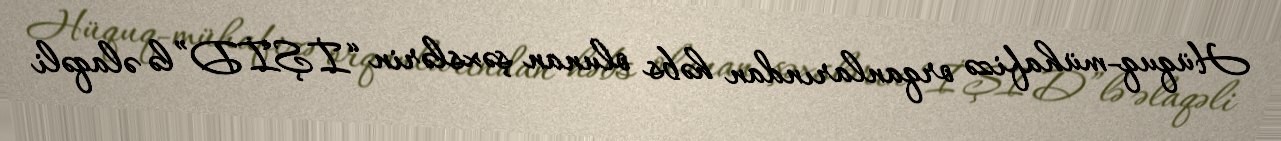
Hüquq-mühafizə orqanlarından həbs olunan şəxslərin “İŞİD”lə əlaqəli